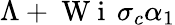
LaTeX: \Lambda+\mathrm{~W~i~}\, \sigma_{c}\alpha_{1}